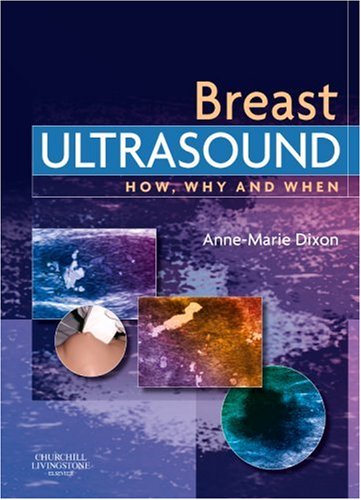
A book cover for Breast Ultrasound: How, Why and When, 1e; Anne-Marie Dixon MHSc  PGCHEP  DMU  DCRR; Health, Fitness & Dieting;